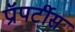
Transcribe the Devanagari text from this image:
प्रॉपर्टीस